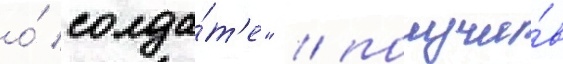
о́ солда́т'е" / получи́в